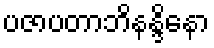
ပဇာပတာဘိနန္ဒိနော